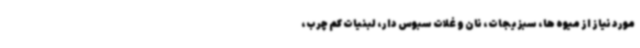
مورد نیاز از میوه ها، سبزیجات، نان و غلات سبوس دار، لبنیات کم چرب،